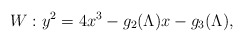
\begin{align*}W: y^2 = 4x^3 - g_2(\Lambda) x - g_3(\Lambda),\end{align*}